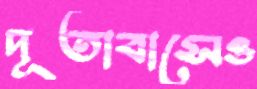
দূতাবাসেও